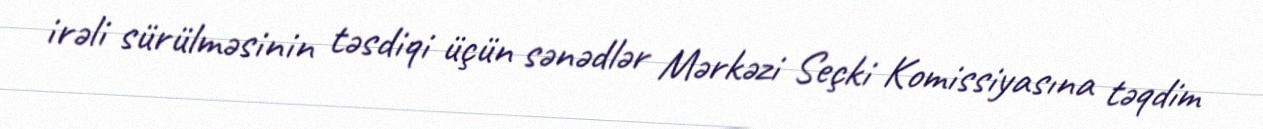
irəli sürülməsinin təsdiqi üçün sənədlər Mərkəzi Seçki Komissiyasına təqdim